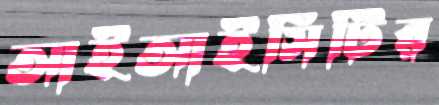
আইআইসিটির